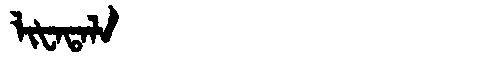
Manchu: ᠯᡳᡶᠠᡨᠠᠯᠠ
Romanization: LIFATALA